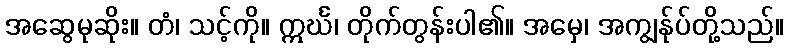
အဆွေမုဆိုး။ တံ၊ သင့်ကို။ ဣင်္ဃ၊ တိုက်တွန်းပါ၏။ အမှေ၊ အကျွန်ုပ်တို့သည်။